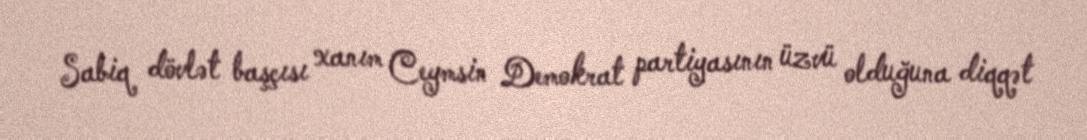
Sabiq dövlət başçısı xanım Ceymsin Demokrat partiyasının üzvü olduğuna diqqət